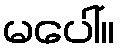
မပေါ်။